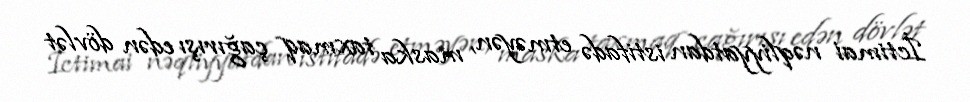
İctimai nəqliyyatdan istifadə etməyən, maska taxmaq çağırışı edən dövlət